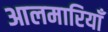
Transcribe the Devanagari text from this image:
आलमारियाँ